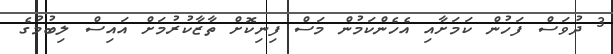
3 ދުވަސް ފަހުން ކަމަށާއި އެހެންކަމުން މަސް ފިނިކޮށް ތާޒާކުރުމަށް އައިސް ލިބުމުގެ